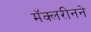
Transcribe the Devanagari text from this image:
मॅक्लरीनने